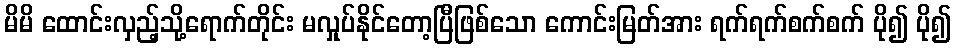
မိမိ ထောင်းလှည့်သို့ရောက်တိုင်း မလှုပ်နိုင်တော့ပြီဖြစ်သော ကောင်းမြတ်အား ရက်ရက်စက်စက် ပို၍ ပို၍